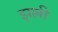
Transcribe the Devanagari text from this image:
झल्ली